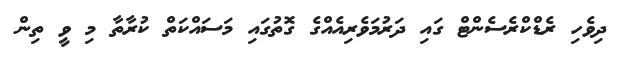
ދިވެހި ރެޑްކްރެސެންޓް ގައި ދަރުމަވެރިއެއްގެ ގޮތުގައި މަސައްކަތް ކުރާތާ މި ވީ ތިން